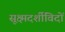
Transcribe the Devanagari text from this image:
सूक्ष्मदर्शीविदों